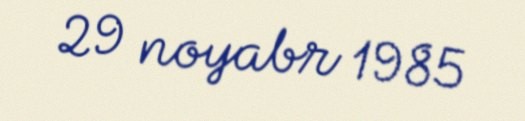
29 noyabr 1985